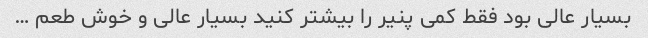
بسیار عالی بود فقط کمی پنیر را بیشتر کنید بسیار عالی و خوش طعم …